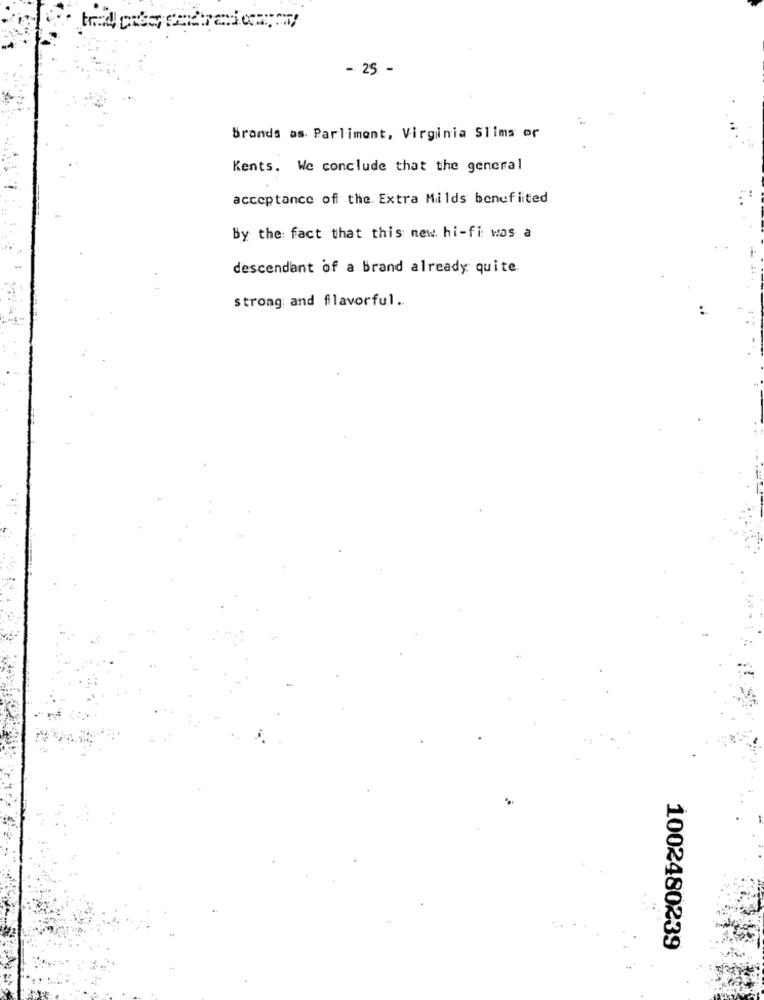
- 25 -
Brands as Parliment, Virginia Slims or
Kents. We conclude that the general
acceptance off the. Extra Milds benefited
By the fact that this new hi-fi was a
descendant of a Brand already quite.
strong and flavorful ..
1002480239